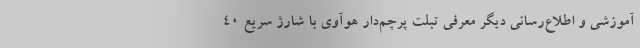
آموزشی و اطلاع‌رسانی دیگر معرفی تبلت پرچم‌دار هوآوی با شارژ سریع 40